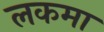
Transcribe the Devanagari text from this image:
लकमा